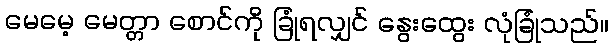
မေမေ့ မေတ္တာ စောင်ကို ခြုံရလျှင် နွေးထွေး လုံခြုံသည်။